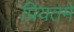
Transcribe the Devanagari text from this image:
प्रियतमे